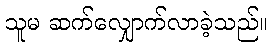
သူမ ဆက်လျှောက်လာခဲ့သည်။